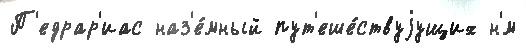
П'едрар'иас наз'е́мный пут'еше́ствуjущих н'́м